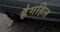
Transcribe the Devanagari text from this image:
हैगहिल